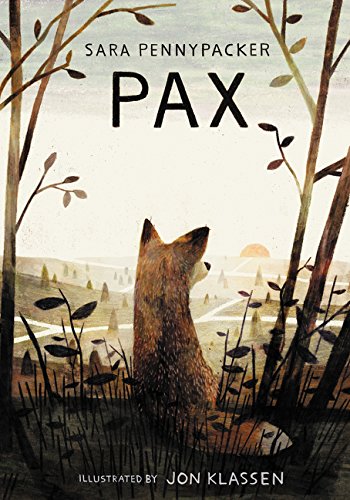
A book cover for Pax; Sara Pennypacker; Children's Books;